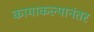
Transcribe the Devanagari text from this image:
कायाकल्पानंतर